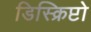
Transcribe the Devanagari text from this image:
डिस्क्रिप्टो